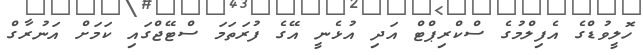
ހޮލީވުޑްގެ އެފިލްމުގެ ސްކްރިޕްޓް އަދި އުޅެނީ އޭގެ ފުރަތަމަ ސްޓޭޖްގައި ކަމަށް އަނުރާގް